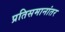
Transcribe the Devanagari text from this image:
प्रतिसमानांतर